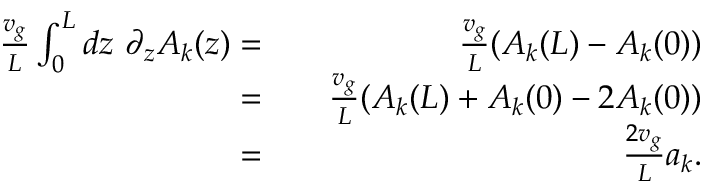
\begin{array} { r l r } { \frac { v _ { g } } { L } \int _ { 0 } ^ { L } d z \ \partial _ { z } A _ { k } ( z ) = } & { } & { \frac { v _ { g } } { L } ( A _ { k } ( L ) - A _ { k } ( 0 ) ) } \\ { = } & { } & { \frac { v _ { g } } { L } ( A _ { k } ( L ) + A _ { k } ( 0 ) - 2 A _ { k } ( 0 ) ) } \\ { = } & { } & { \frac { 2 v _ { g } } { L } a _ { k } . } \end{array}